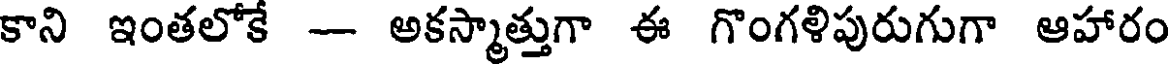
కాని ఇంతలోకే - అకస్మాత్తుగా ఈ గొంగళిపురుగుగా ఆహారం